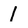
Character: l